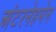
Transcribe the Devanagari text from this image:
अंटरनेहमेन